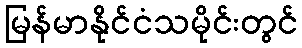
မြန်မာနိုင်ငံသမိုင်းတွင်